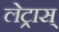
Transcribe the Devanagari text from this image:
लेट्रास्